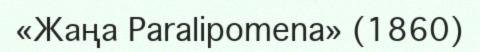
«Жаңа Paralipomena» (1860)